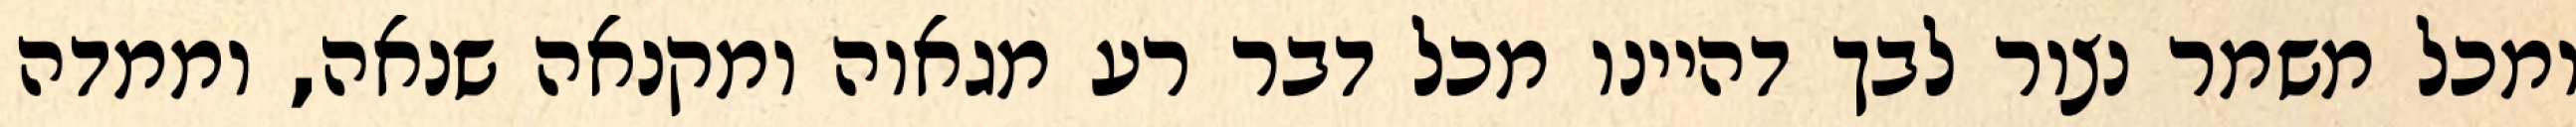
ומכל משמר נצור לבך דהיינו מכל דבר רע מגאוה ומקנאה שנאה, וממדה